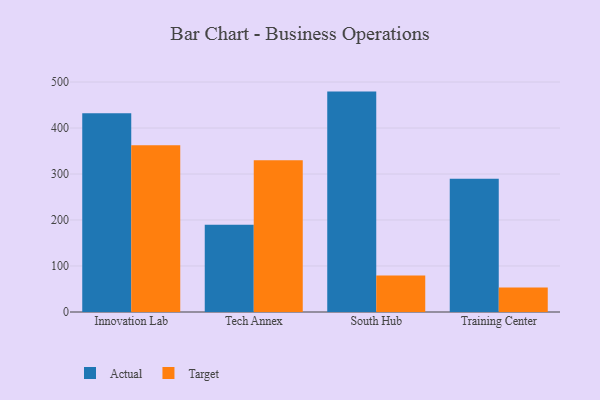
{"axis": {"x": "Campus", "y": "Satisfaction Score"}, "legend": ["Actual", "Target"], "data": [{"x": "Innovation Lab", "y": 431.9, "type": "Actual"}, {"x": "Innovation Lab", "y": 362.5, "type": "Target"}, {"x": "Tech Annex", "y": 189.5, "type": "Actual"}, {"x": "Tech Annex", "y": 329.8, "type": "Target"}, {"x": "South Hub", "y": 479.2, "type": "Actual"}, {"x": "South Hub", "y": 79.3, "type": "Target"}, {"x": "Training Center", "y": 289.6, "type": "Actual"}, {"x": "Training Center", "y": 53.0, "type": "Target"}]}